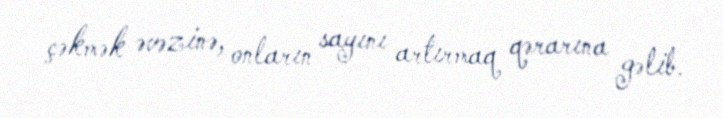
çəkmək əvəzinə, onların sayını artırmaq qərarına gəlib.